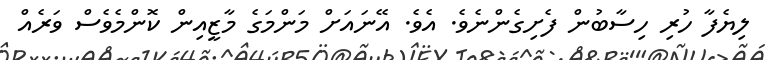
ލިޔެފާ ހުރި ހިސާބުން ފެށިގެންނެވެ. އެވެ. އޭނައަށް މަންމަގެ މާޒީއިން ކޮންމެވެސް ވަރެއް